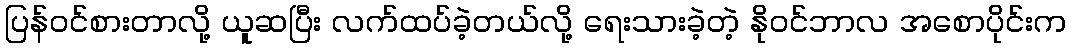
ပြန်ဝင်စားတာလို့ ယူဆပြီး လက်ထပ်ခဲ့တယ်လို့ ရေးသားခဲ့တဲ့ နိုဝင်ဘာလ အစောပိုင်းက